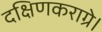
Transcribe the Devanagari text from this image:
दक्षिणकराग्रे।